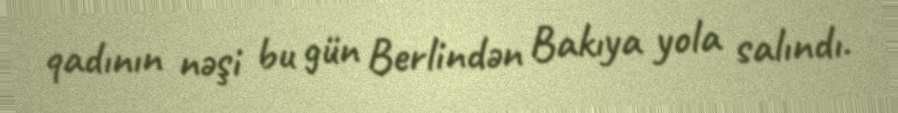
qadının nəşi bu gün Berlindən Bakıya yola salındı.